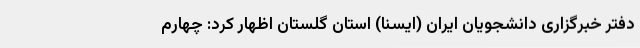
دفتر خبرگزاری دانشجویان ایران (ایسنا) استان گلستان اظهار کرد: چهارم